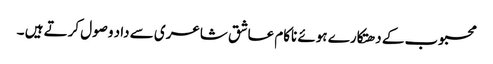
محبوب کے دھتکارے ہوئے ناکام عاشق شاعری سے داد وصول کرتے ہیں ۔